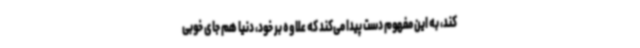
کند، به این مفهوم دست پیدا می‌کند که علاوه بر خود، دنیا هم جای خوبی